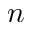
n